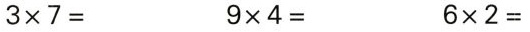
$$3 \times 7 =$$ $$9 \times 4 =$$ $$6 \times 2 =$$